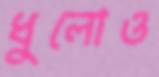
ধুলোও